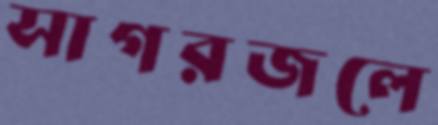
সাগরজলে